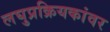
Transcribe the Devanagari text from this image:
लघुप्रक्रियकांवर